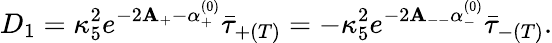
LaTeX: D_{1}=\kappa_{5}^{2}e^{-2\mathbf{A}_{+}-\alpha_{+}^{(0)}}\bar{{\tau}}_{+(T)}=-\kappa_{5}^{2}e^{-2\mathbf{A}_{--}\alpha_{-}^{(0)}}\bar{{\tau}}_{-(T)}.